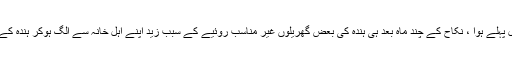
زید کا نکاح ہندہ سے تقریباً سات سال پہلے ہوا ، نکاح کے چند ماہ بعد ہی ہندہ کی بعض گھریلوں غیر مناسب روئیے کے سبب زید اپنے اہل خانہ سے الگ ہوکر ہندہ کے ساتھ دوسرے مکان میں رہنے لگا ۔